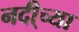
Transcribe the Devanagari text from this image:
नदी्च्या